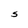
Character: S